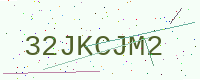
Text: 32JKCJM2